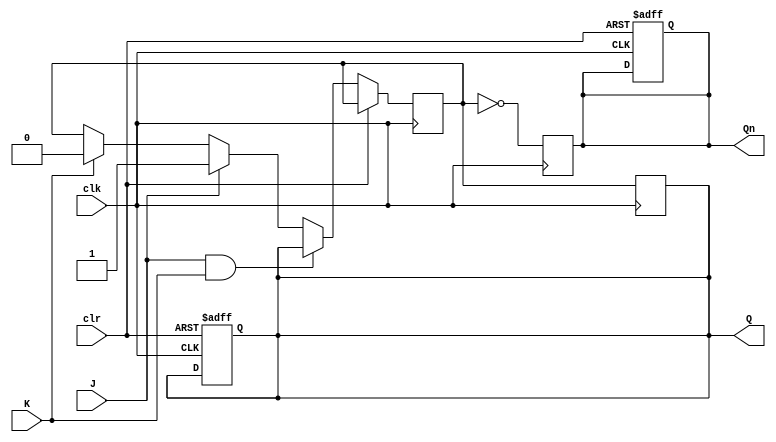
module neg_edge_jk_ff (
    input J,
    input K,
    input clk,
    input clr,
    output reg Q,
    output reg Qn
);

reg Q_next;

always @(negedge clk or posedge clr)
begin
    if (clr)
    begin
        Q <= 1'b0;
        Qn <= 1'b1;
    end
    else
    begin
        if (J && K)
        begin
            Q_next <= Q;
        end
        else if (J)
        begin
            Q_next <= 1'b1;
        end
        else if (K)
        begin
            Q_next <= 1'b0;
        end
    end
end

always @(posedge clk)
begin
    Q <= Q_next;
    Qn <= ~Q_next;
end

endmodule